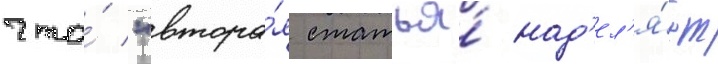
что́ "втора́я статья́ над'ел'я́ет